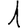
Digit: 1